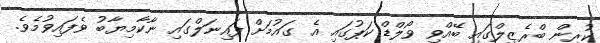
ކުރިން ބްރެޒިލްގައި ބޭއްވި ވޯލްޑް ކަޕުގައި އެ ގައުމަށް ފައިނަލްގައި ނާކާމިޔާބު ވެފައިވުމެވެ.